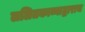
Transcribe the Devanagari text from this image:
ललितकाव्याद्वाराच